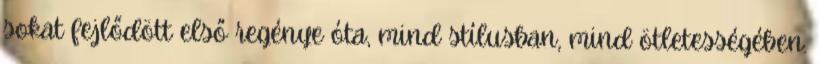
sokat fejlődött első regénye óta, mind stílusban, mind ötletességében.